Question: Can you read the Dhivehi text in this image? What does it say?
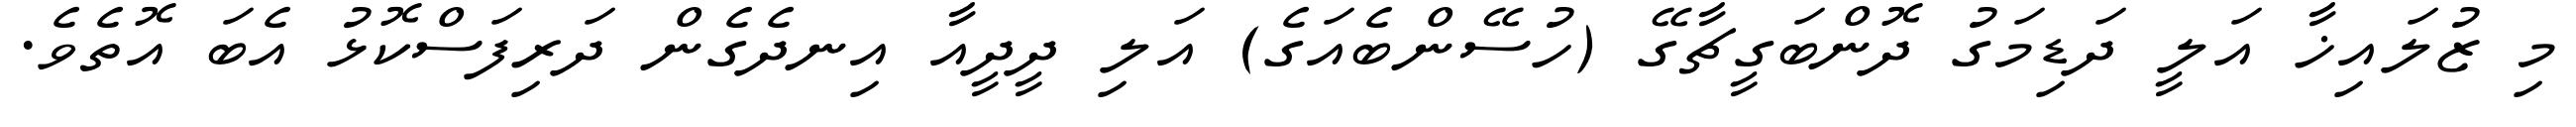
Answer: މި ޒުލައިޚާ އަލީ ދަޑިމަގު ދޮންބަގީޗާގޭ (ހުސޭންބެއަގެ) އަލި ދީދީއާ އިނދެގެން ދަރިފަސްކޮޅު އެބަ އޮތެވެ.